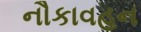
નૌકાવહન